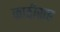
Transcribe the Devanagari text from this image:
काठीसह